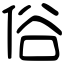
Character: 俗